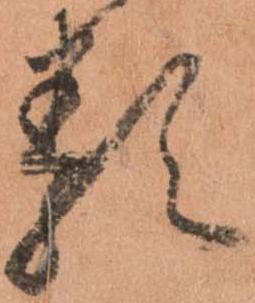
類